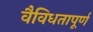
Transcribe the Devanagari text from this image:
वैविधतापूर्ण